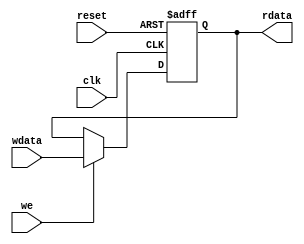
module Hi_reg (
    input wire clk, // Src : clk
    input wire reset, // Src : reset
    input wire we, // Src : ctrl_hi_we
    input wire[31:0] wdata, // Src : GPR.rdata1(rs) / multCalculate.multResultHi / divCalculate.r

    output reg[31:0] rdata
);
    always @(posedge clk or posedge reset) begin
        if (reset) begin
            rdata <= 32'h00000000;
        end
        else if (we) begin
            rdata <= wdata;
        end
    end
endmodule